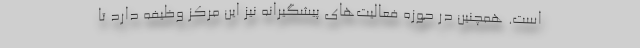
است. همچنین در حوزه فعالیت‌های پیشگیرانه نیز این مرکز وظیفه دارد تا